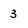
Character: 3